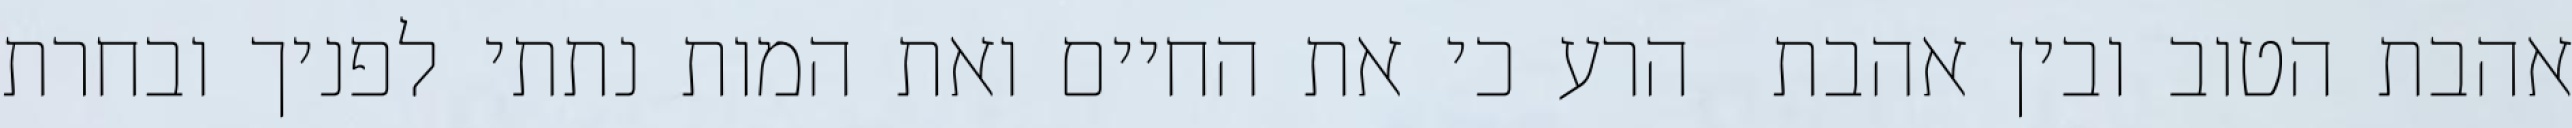
אהבת הטוב ובין אהבת  הרע כי את החיים ואת המות נתתי לפניך ובחרת